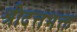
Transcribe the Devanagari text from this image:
श्रीदत्तभक्त